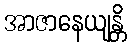
အာဇာနေယျန္တိ